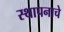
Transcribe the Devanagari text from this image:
स्थापनाचे